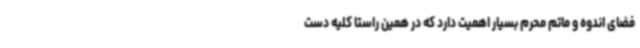
فضای اندوه و ماتم محرم بسیار اهمیت دارد که در همین راستا کلیه دست